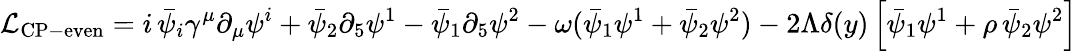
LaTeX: \mathcal{L}_{\mathrm{CP-even}}=i\, \bar{\psi}_{i}\gamma^{\mu}\partial_{\mu}\psi^{i}+\bar{\psi}_{2}\partial_{5}\psi^{1}-\bar{\psi}_{1}\partial_{5}\psi^{2}-\omega(\bar{\psi}_{1}\psi^{1}+\bar{\psi}_{2}\psi^{2})-2\Lambda\delta(y)\left[\bar{\psi}_{1}\psi^{1}+\rho\, \bar{\psi}_{2}\psi^{2}\right]